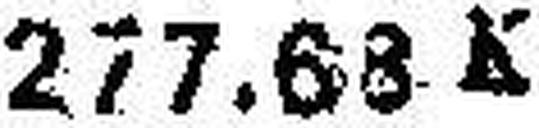
277.63 K